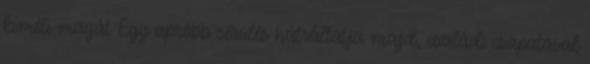
kíméli magát Egy apróbb sérülés hátráltatja majd, családi csapatával